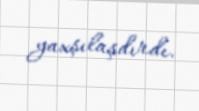
yaxşılaşdırdı.